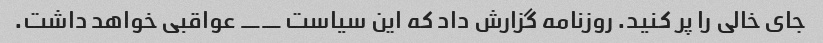
جای خالی را پر کنید. روزنامه گزارش داد که این سیاست __ عواقبی خواهد داشت.